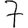
Digit: 7